Problem: 7 × 11 = ?
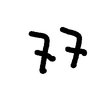
Handwritten answer: 77